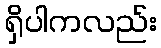
ရှိပါကလည်း